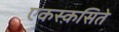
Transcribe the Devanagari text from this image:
एकस्क़सिते